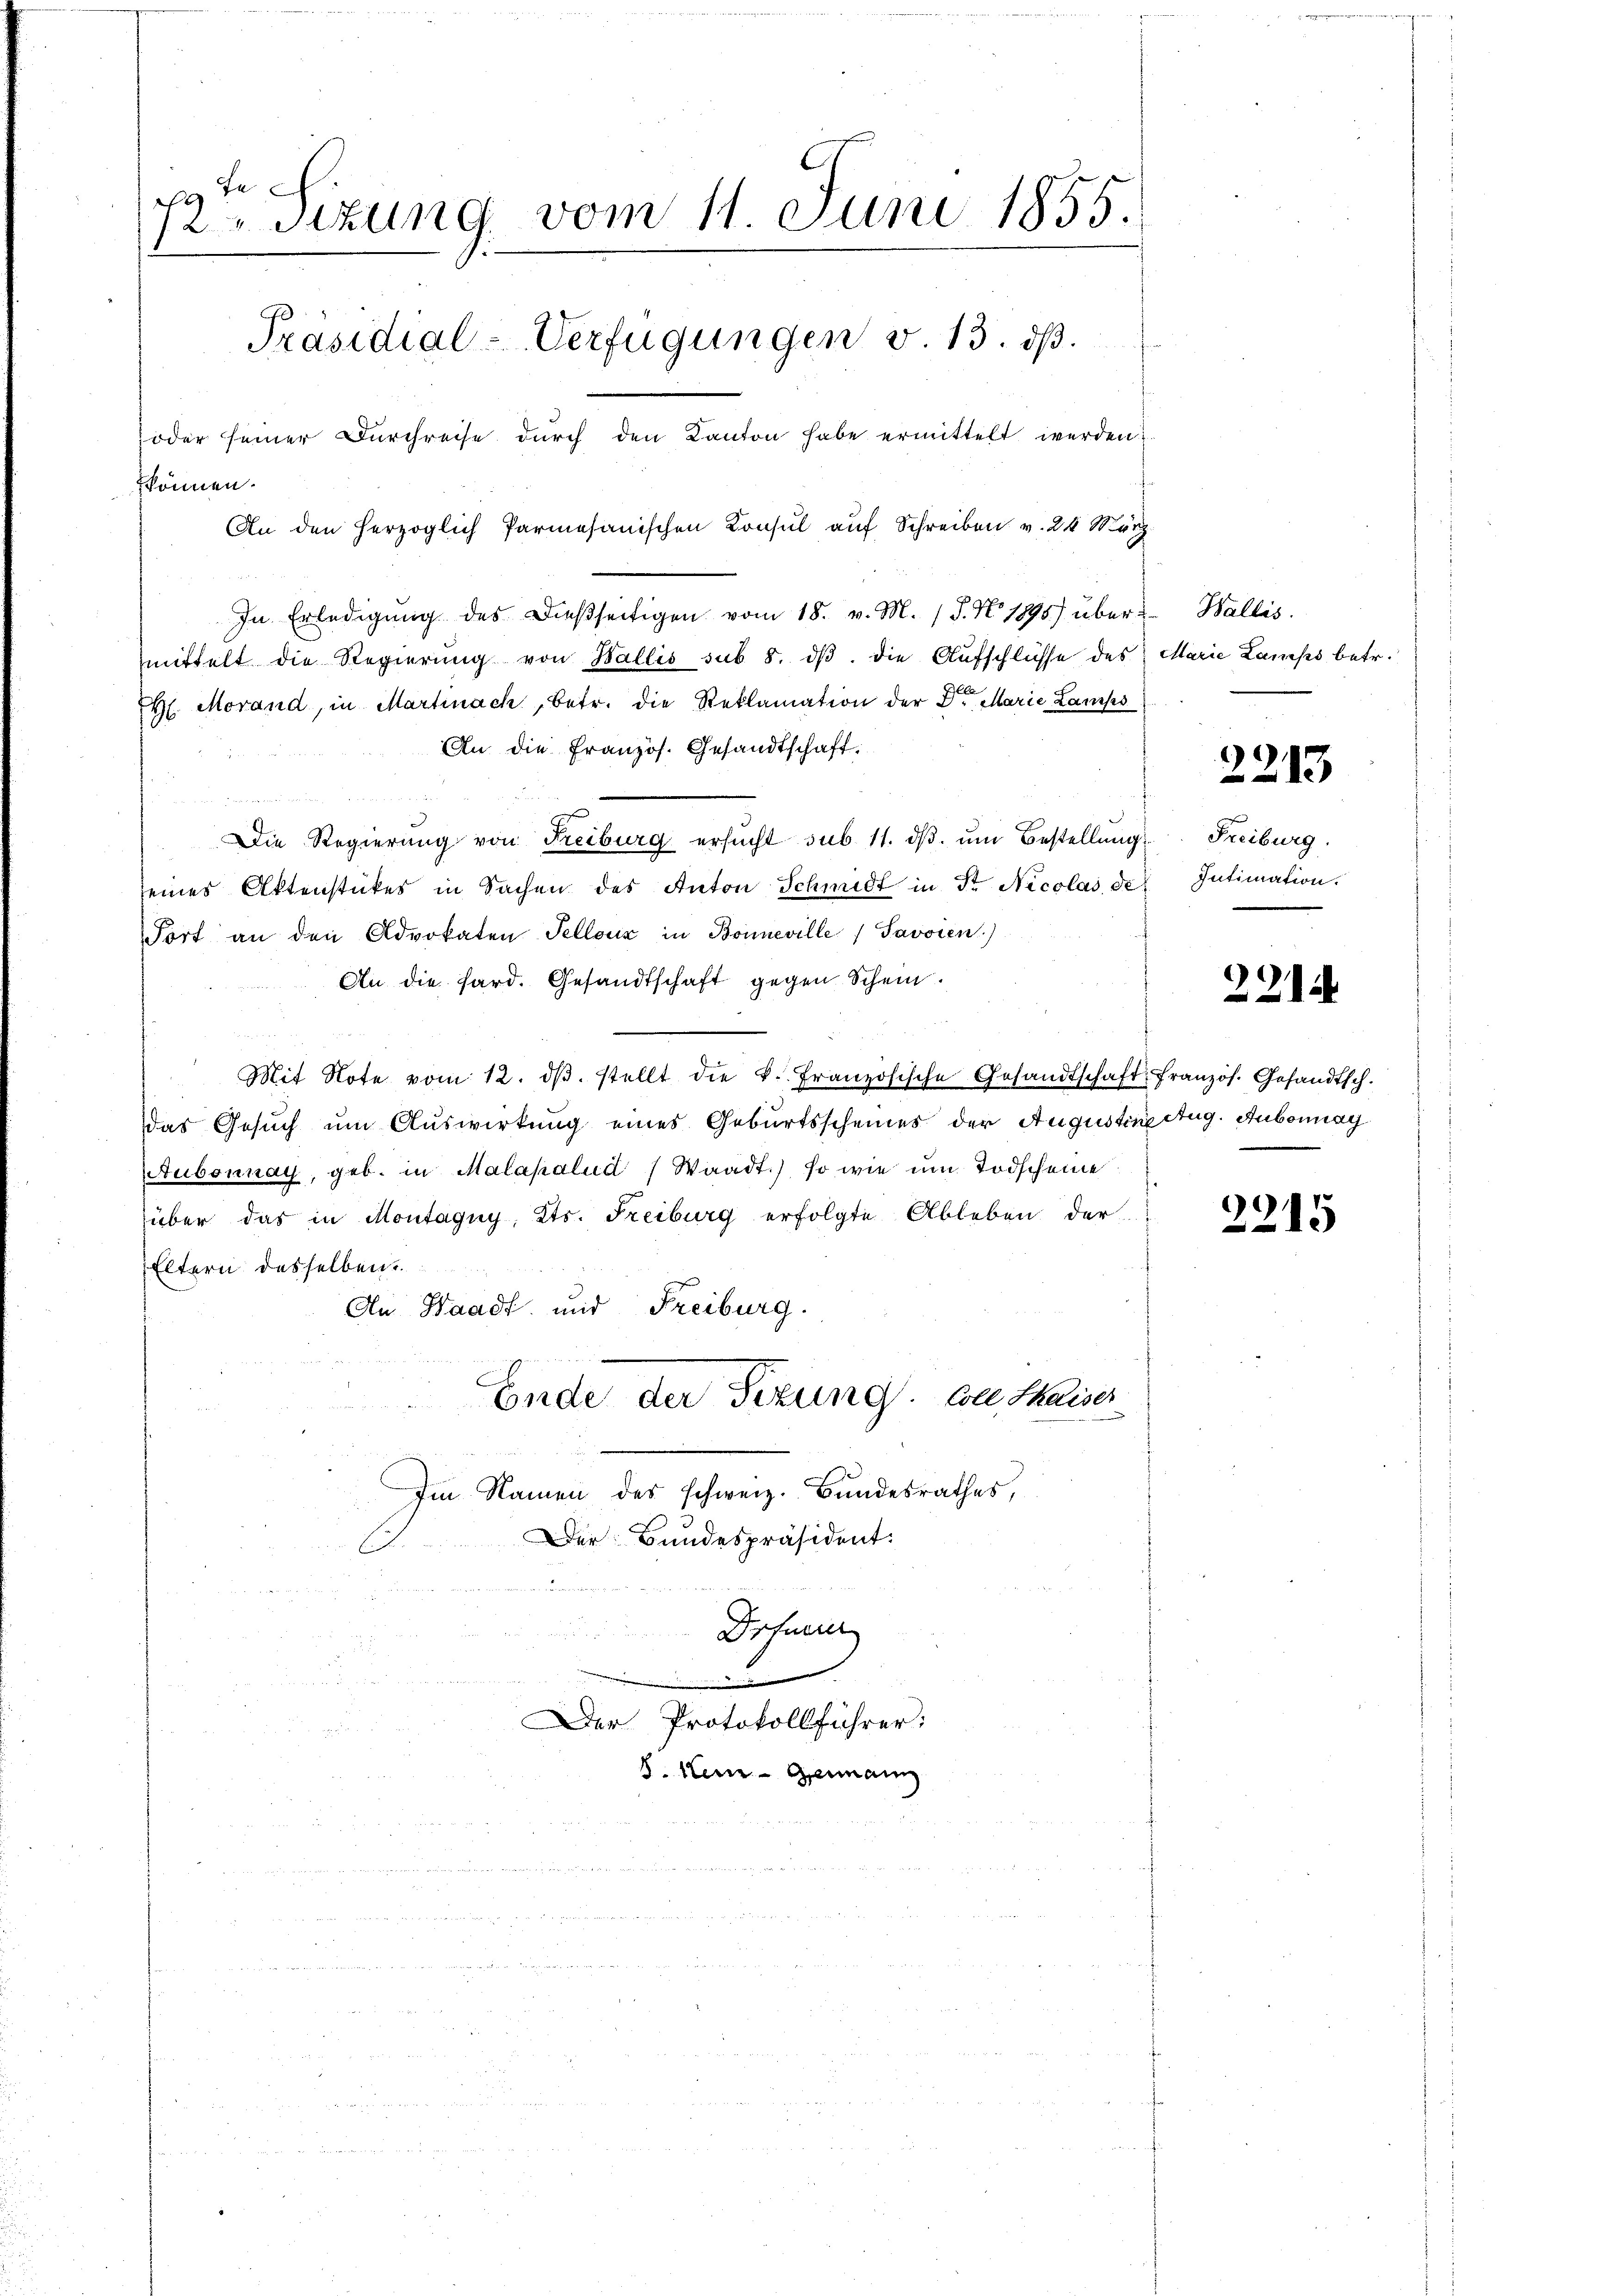
29 te
Sitzung vom 11. Juni 1855.
.
Präsidial-Verfügungen v. 13. ds.
oder seiner Durchreise durch den Kanton habe ermittelt werden:
kkönnen.
An den herzoglich Parmesanischen Konsul auf Schreiben v. 24 März

In Erledigŭng des dießseitigen vom 18. v. M. (T. N 1895) über Wallis.
mittelt die Regierŭng von Wallis sub 8. dβ. die Aufschlüsse des
H. Morand, in Martinach, betr. die Reklamation der Dr Marie Lamps
An die Französ. Gesandtschaft.
Die Regierung von Freiburg ersucht sub 11. dβ. um Bestellung
seines Aktenstückes in Sachen des Anton Schmidt in Fr. Nicolas de
Fort an den Advokaten Tellenz in Boineville Savoren)
An die Hard. Gesandtschaft gegen Schein.
Mit Note vom 12. dβ. stellt die k. Französische Gesandtschaft französ. Gesandtsch.
das Gesuch um Auswirkung eines Geburtsscheines der Augustine Aug. Aubonnag
Aubonnay, geb. in Malapalud (Waadt.) so wie im Todscheine
über das in Montagny, Kts. Freiburg erfolgte Ableben der
Eltern desselben
An Waadt, und Freiburg.
Ende der Sizung von Thaiser
Im Namen des schweiz. Bundesrathes,
Der Bundespräsident.

Drfnerer
1
Der Protokollführer:
8. Kein Germann

Marie Lamps betr.

2283

Freiburg.
Intimation.

2214

2215